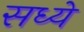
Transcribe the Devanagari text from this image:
सध्ये